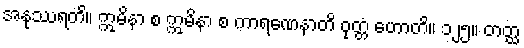
အနုဿရတိ။ ဣမိနာ စ ဣမိနာ စ ကာရဏေနာတိ ဝုတ္တံ ဟောတိ။ ၁၂၅။ တတ္ထ